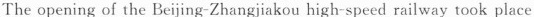
The opening of the Beijing-Zhangjiakou high-speed ralway took place